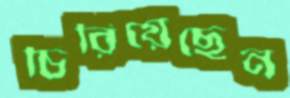
চিরিয়েছেন